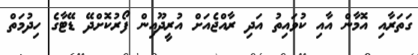
ގަތަރާއި އޮމާން އާއި ކުވައިތު އަދި ރާއްޖެއަށް އުރީދޫއިން ފޯރުކޮށްދޭ ޑޭޓާގެ ހިދުމަތް